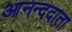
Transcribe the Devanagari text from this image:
आनन्ददाता